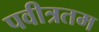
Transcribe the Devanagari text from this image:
पवीत्रतम